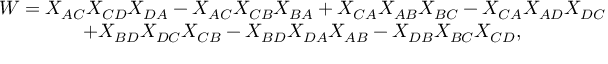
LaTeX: \begin{array} { c } { { W = X _ { A C } X _ { C D } X _ { D A } - X _ { A C } X _ { C B } X _ { B A } + X _ { C A } X _ { A B } X _ { B C } - X _ { C A } X _ { A D } X _ { D C } } } \\ { { + X _ { B D } X _ { D C } X _ { C B } - X _ { B D } X _ { D A } X _ { A B } - X _ { D B } X _ { B C } X _ { C D } , } } \end{array}